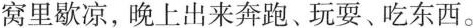
窝里歇凉，晚上出来奔跑、玩耍、吃东西。